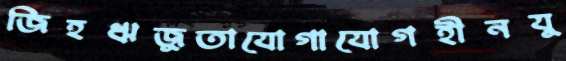
জিহঋজুতাযোগাযোগহীনযু